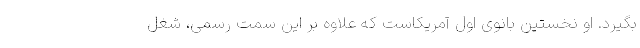
بگیرد. او نخستین بانوی اول آمریکاست که علاوه بر این سمت رسمی، شغل